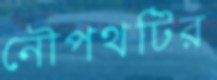
নৌপথটির